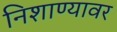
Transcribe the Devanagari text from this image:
निशाण्यावर